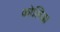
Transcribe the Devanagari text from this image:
कोलिडा